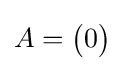
A=\left({\begin{matrix}0\end{matrix}}\right)